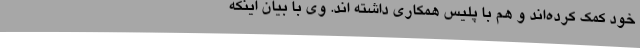
خود کمک کرده‌اند و هم با پلیس همکاری داشته اند. وی با بیان اینکه